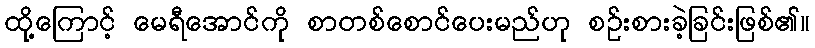
ထို့ကြောင့် မေရီအောင်ကို စာတစ်စောင်ပေးမည်ဟု စဉ်းစားခဲ့ခြင်းဖြစ်၏။